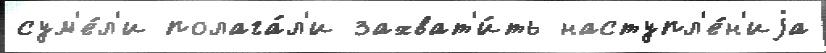
сум'е́л'и полага́л'и захват'и́ть наступл'е́н'иjа